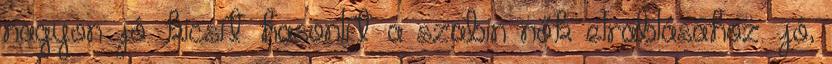
nagyon jó. kicsit hasonlít a szabin nők elrablásához. jó,